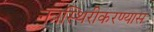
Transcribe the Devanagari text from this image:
नत्रस्थिरीकरण्यास